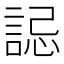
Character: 誋